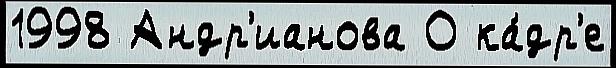
1998 Андр'ианова О ка́др'е